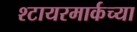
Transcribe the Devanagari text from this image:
श्टायरमार्कच्या